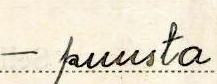
- puusta